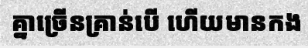
គ្នាច្រើនគ្រាន់បើ ហើយមានកង